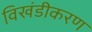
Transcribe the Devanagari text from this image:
विखंडीकरण